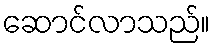
ဆောင်လာသည်။